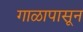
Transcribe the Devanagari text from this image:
गाळापासून